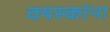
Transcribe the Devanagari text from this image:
वयस्कांना